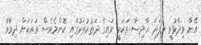
އޭނާ ވިދާޅުވީ މިފަދަ ހާދިސާ ތަކަކީ ވައިގެ ދަތުރުތަކުގައި ކޮންމެވެސް ވަރަކަށް ދިމާވާ